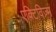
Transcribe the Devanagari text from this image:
एक्टिविज़्म